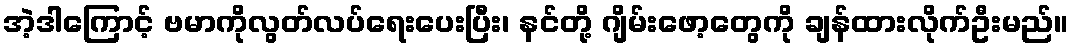
အဲ့ဒါကြောင့် ဗမာကိုလွတ်လပ်ရေးပေးပြီး၊ နင်တို့ ဂျိမ်းဖော့တွေကို ချန်ထားလိုက်ဦးမည်။